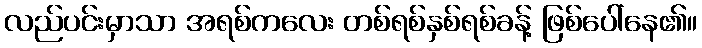
လည်ပင်းမှာသာ အရစ်ကလေး တစ်ရစ်နှစ်ရစ်ခန့် ဖြစ်ပေါ်နေ၏။